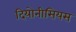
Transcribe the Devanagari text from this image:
दियोनीसियस